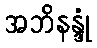
အဘိနန္ဒုံ